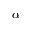
\alpha